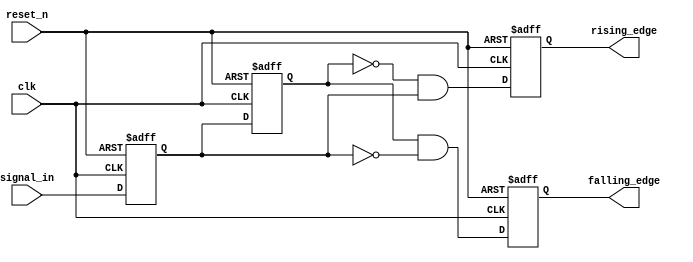
module schmitt_trigger_edge_detector (
    input wire clk,           // Clock input
    input wire reset_n,       // Active low reset
    input wire signal_in,     // Input signal to monitor
    output reg rising_edge,   // Rising edge pulse output
    output reg falling_edge    // Falling edge pulse output
);

    // Parameters for Schmitt trigger thresholds (simplified)
    parameter LOW_THRESHOLD = 1'b0; // Low threshold level
    parameter HIGH_THRESHOLD = 1'b1; // High threshold level

    // State variables
    reg signal_in_reg;        // Registered input signal
    reg signal_in_prev;       // Previous registered input signal

    // Schmitt Trigger logic (for simplicity, we mimic basic behavior without real voltage thresholds)
    always @(posedge clk or negedge reset_n) begin
        if (!reset_n) begin
            signal_in_reg <= 1'b0; // Initialize to low state
            signal_in_prev <= 1'b0; // Initialize previous state
            rising_edge <= 1'b0;     // Initialize output
            falling_edge <= 1'b0;    // Initialize output
        end else begin
            signal_in_reg <= signal_in; // Register current input
            
            // Edge detection logic
            rising_edge <= (signal_in_prev == LOW_THRESHOLD && signal_in_reg == HIGH_THRESHOLD);
            falling_edge <= (signal_in_prev == HIGH_THRESHOLD && signal_in_reg == LOW_THRESHOLD);
            
            // Update previous state for edge detection in next cycle
            signal_in_prev <= signal_in_reg;
        end
    end

endmodule